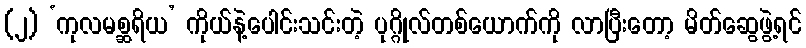
(၂) ‘ကုလမစ္ဆရိယ’ ကိုယ်နဲ့ပေါင်းသင်းတဲ့ ပုဂ္ဂိုလ်တစ်ယောက်ကို လာပြီးတော့ မိတ်ဆွေဖွဲ့ရင်